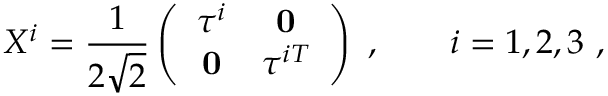
X ^ { i } = \frac { 1 } { 2 \sqrt { 2 } } \left( \begin{array} { c c } { { \tau ^ { i } } } & { { { \bf 0 } } } \\ { { { \bf 0 } } } & { { \tau ^ { i T } } } \end{array} \right) \ , \qquad i = 1 , 2 , 3 \ ,